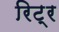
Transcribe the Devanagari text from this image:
रिट्र